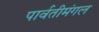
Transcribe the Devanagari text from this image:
पार्वतीमंगल